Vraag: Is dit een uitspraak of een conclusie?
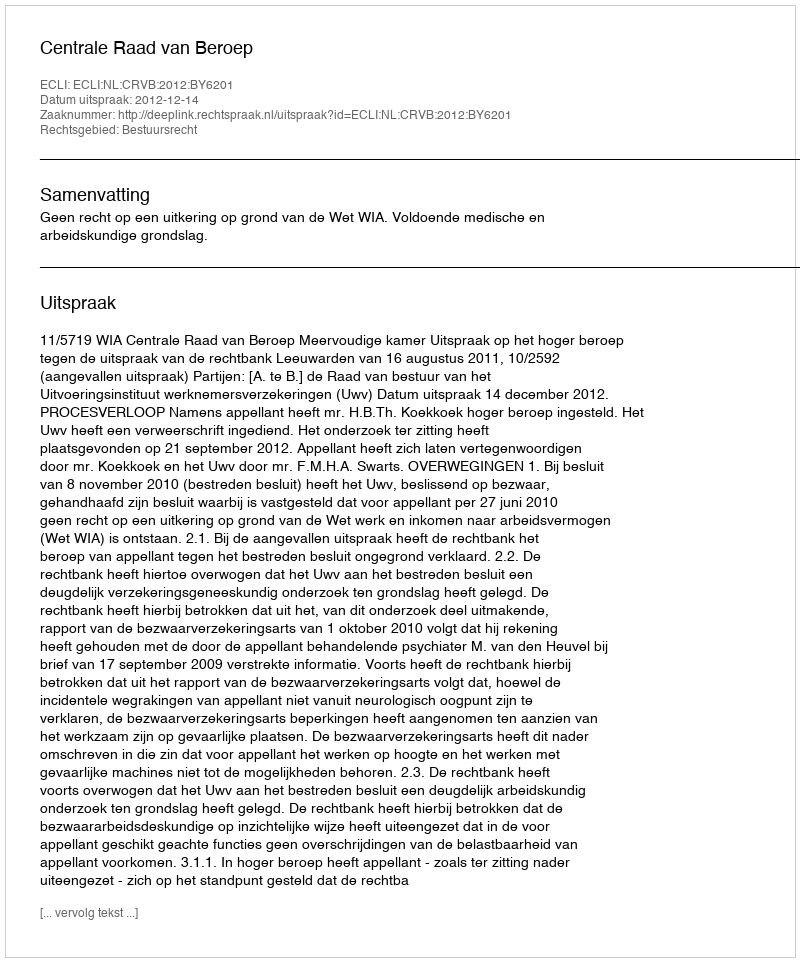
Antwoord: Uitspraak